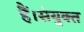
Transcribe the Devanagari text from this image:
हैं।संयुक्त